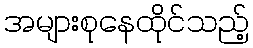
အများစုနေထိုင်သည့်